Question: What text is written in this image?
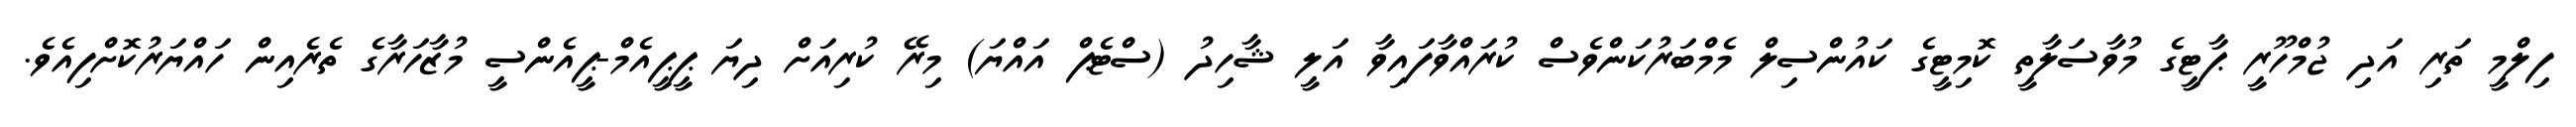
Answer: ފިލްމީ ތަރި އަދި ޖުމްހޫރީ ޕާޓީގެ މުވާސަލާތީ ކޮމިޓީގެ ކައުންސިލް މެމްބަރުކަންވެސް ކުރައްވާފައިވާ އަލީ ޝާހިދު (ސްޓެޕް އައްޔަ) މިރޭ ކުރިއަށް ދިޔަ ޕީޕީއެމް-ޕީއެންސީ މުޒާހަރާގެ ތެރެއިން ހައްޔަރުކޮށްފިއެވެ.